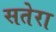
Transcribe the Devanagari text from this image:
सतेरा